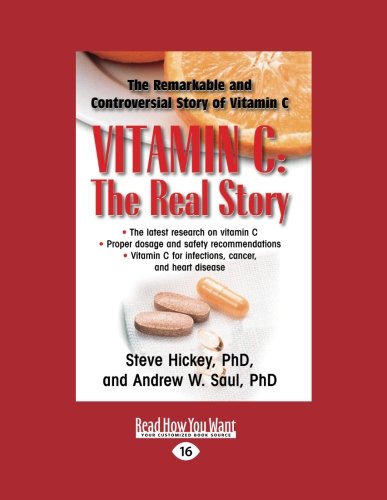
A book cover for Vitamin C: The Real Story: The Remarkable and Controversial Healing Factor; Steve Hickey; Health, Fitness & Dieting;